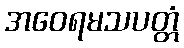
အဝေရမသပတ္တံ